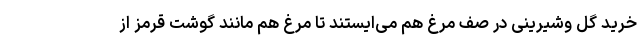
خرید گل وشیرینی در صف مرغ هم می‌ایستند تا مرغ هم مانند گوشت قرمز از